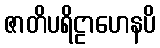
ဇာတိပရိဠာဟေနပိ